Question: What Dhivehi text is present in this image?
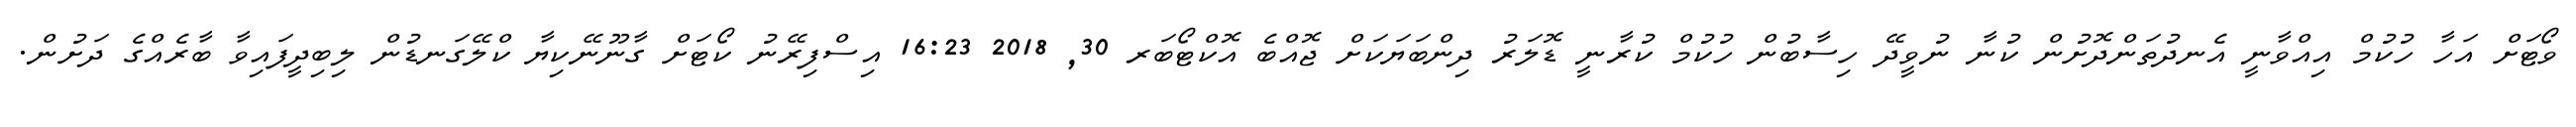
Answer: ވޯޓަށް އަހާ ހުކުމް އިއްވާނީ އެނދުތަންދޮށުން ކުނާ ނުވީދޭ ހިސާބުން ހުކުމް ކުރާނީ ޑޮލަރު ދިންބަޔަކަށް ޖޮއްބެ އޮކްޓޯބަރ 30, 2018 16:23 އިސްފިރޭނު ކޯޓަށް ގާނޫނޭކިޔާ ކްލޭގަނޑުން ލިބިދީފައިވާ ބާރެއްގެ ދަށުން.